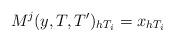
LaTeX: \begin{align*} M^j(y,T,T')_{h T_i} = x_{h T_i} \end{align*}